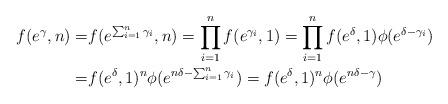
LaTeX: \begin{align*}f(e^{\gamma},n)= & f(e^{\sum_{i=1}^{n}\gamma_{i}},n)=\prod_{i=1}^{n}f(e^{\gamma_{i}},1)=\prod_{i=1}^{n}f(e^{\delta},1)\phi(e^{\delta-\gamma_{i}})\\= & f(e^{\delta},1)^{n}\phi(e^{n\delta-\sum_{i=1}^{n}\gamma_{i}})=f(e^{\delta},1)^{n}\phi(e^{n\delta-\gamma})\end{align*}